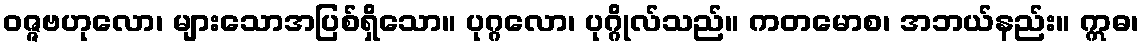
ဝဇ္ဇဗဟုလော၊ များသောအပြစ်ရှိသော။ ပုဂ္ဂလော၊ ပုဂ္ဂိုလ်သည်။ ကတမောစ၊ အဘယ်နည်း။ ဣဓ၊